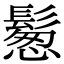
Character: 𩮀